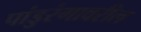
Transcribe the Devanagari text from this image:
पांडुरंगावरील